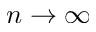
n \rightarrow \infty